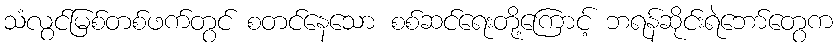
သံလွင်မြစ်တစ်ဖက်တွင် စတင်နေသော စစ်ဆင်ရေးတို့ကြောင့် ဘရန်ဆိုင်းရဲဘော်တွေက